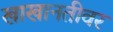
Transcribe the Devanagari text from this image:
खाखानतीवर